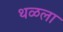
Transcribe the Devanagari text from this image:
थळला